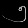
Digit: ၅